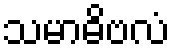
သမာဓိဗလံ